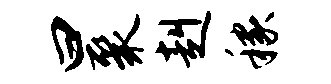
曰聚赳稼